On a parasite found in persons suffering from enlargement of the spleen in India, second report - Number 11
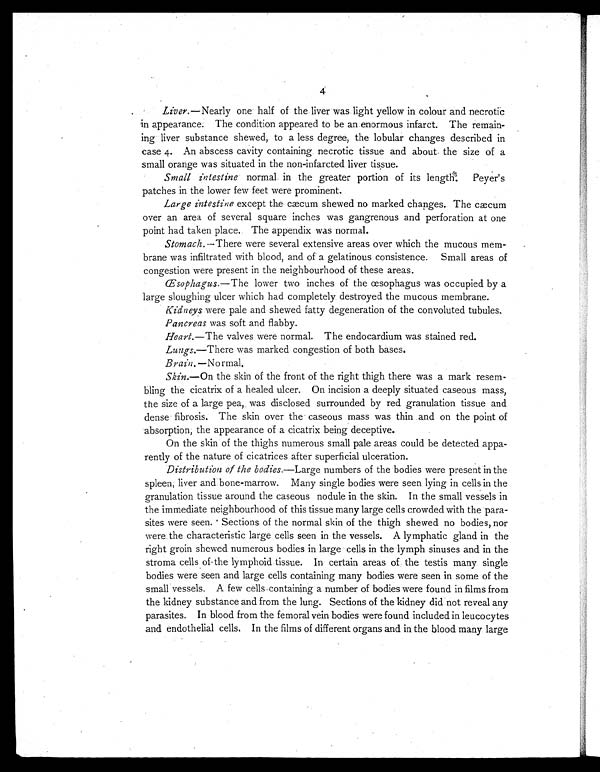
4
Liver.—Nearly one half of the liver was light yellow in colour and necrotic
in appearance. The condition appeared to be an enormous infarct. The remain-
ing liver substance shewed, to a less degree, the lobular changes described in
case 4. An abscess cavity containing necrotic tissue and about the size of a
small orange was situated in the non-infarcted liver tissue.
Small intestine normal in the greater portion of its length. Peyer's
patches in the lower few feet were prominent.
Large intestine except the cæcum shewed no marked changes. The cæcum
over an area of several square inches was gangrenous and perforation at one
point had taken place. The appendix was normal.
Stomach.—There were several extensive areas over which the mucous mem-
brane was infiltrated with blood, and of a gelatinous consistence. Small areas of
congestion were present in the neighbourhood of these areas.
Œsophagus .—The lower two inches of the œsophagus was occupied by a
large sloughing ulcer which had completely destroyed the mucous membrane.
Kidneys were pale and shewed fatty degeneration of the convoluted tubules.
Pancreas was soft and flabby.
Heart.—The valves were normal. The endocardium was stained red.
Lungs.—There was marked congestion of both bases.
Brain .—Normal.
Skin .—On the skin of the front of the right thigh there was a mark resem-
bling the cicatrix of a healed ulcer. On incision a deeply situated caseous mass,
the size of a large pea, was disclosed surrounded by red granulation tissue and
dense fibrosis. The skin over the caseous mass was thin and on the point of
absorption, the appearance of a cicatrix being deceptive.
On the skin of the thighs numerous small pale areas could be detected appa-
rently of the nature of cicatrices after superficial ulceration.
Distribution of the bodies. —Large numbers of the bodies were present in the
spleen, liver and bone-marrow. Many single bodies were seen lying in cells in the
granulation tissue around the caseous nodule in the skin. In the small vessels in
the immediate neighbourhood of this tissue many large cells crowded with the para-
sites were seen. Sections of the normal skin of the thigh shewed no bodies, nor
were the characteristic large cells seen in the vessels. A lymphatic gland in the
right groin shewed numerous bodies in large cells in the lymph sinuses and in the
stroma cells of the lymphoid tissue. In certain areas of the testis many single
bodies were seen and large cells containing many bodies were seen in some of the
small vessels. A few cells containing a number of bodies were found in films from
the kidney substance and from the lung. Sections of the kidney did not reveal any
parasites. In blood from the femoral vein bodies were found included in leucocytes
and endothelial cells. In the films of different organs and in the blood many large